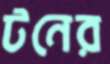
টনের